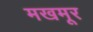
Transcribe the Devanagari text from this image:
मखमूर